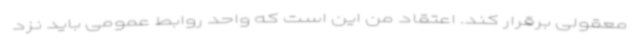
معقولی برقرار کند. اعتقاد من این است که واحد روابط عمومی باید نزد